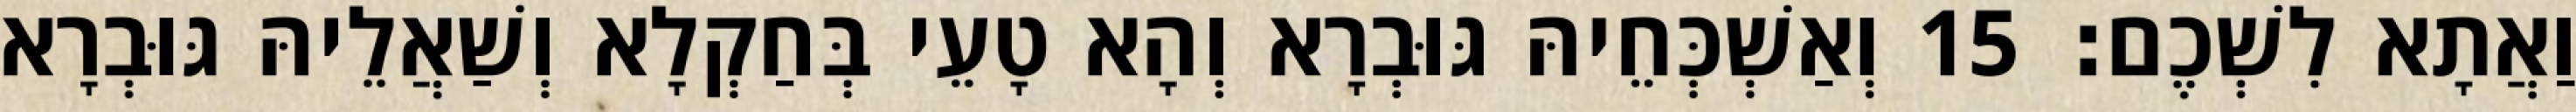
וַאֲתָא לִשְׁכֶם׃ 15 וְאַשְׁכְּחֵיהּ גּוּבְרָא וְהָא טָעֵי בְּחַקְלָא וְשַׁאֲלֵיהּ גּוּבְרָא